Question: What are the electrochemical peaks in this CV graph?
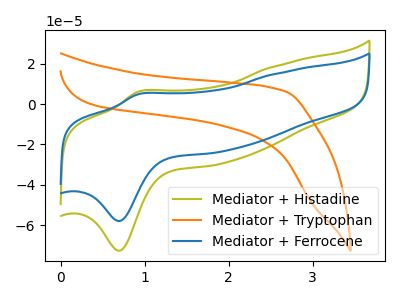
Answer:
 <answer>The olive curve "Mediator + Histadine" has an anodic peak at (0.90V, 6.10uA) and a cathodic peak at (0.70V, -72.70uA). The orange curve "Mediator + Tryptophan" has no peaks. The blue curve "Mediator + Ferrocene" has an anodic peak at (0.90V, 4.90uA) and a cathodic peak at (0.70V, -57.95uA).</answer>
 <eval></eval>